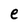
Character: e